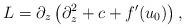
LaTeX: \begin{align*}L=\partial_z\left(\partial_z^2+c+f'(u_0)\right),\end{align*}